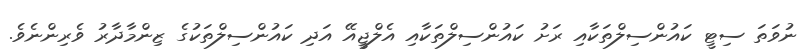
ނުވަތަ ސިޓީ ކައުންސިލްތަކާއި ރަށު ކައުންސިލްތަކާއި އެލްޖީއޭ އަދި ކައުންސިލްތަކުގެ ޒިންމާދާރު ވެރިންނެވެ.